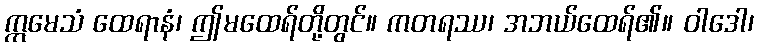
ဣမေသံ ထေရာနံ၊ ဤမထေရ်တို့တွင်။ ကတရဿ၊ အဘယ်ထေရ်၏။ ဝါဒေါ၊